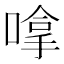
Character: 嗱